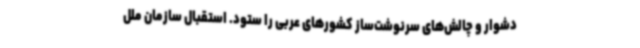
دشوار و چالش‌های سرنوشت‌ساز کشورهای عربی را ستود. استقبال سازمان ملل